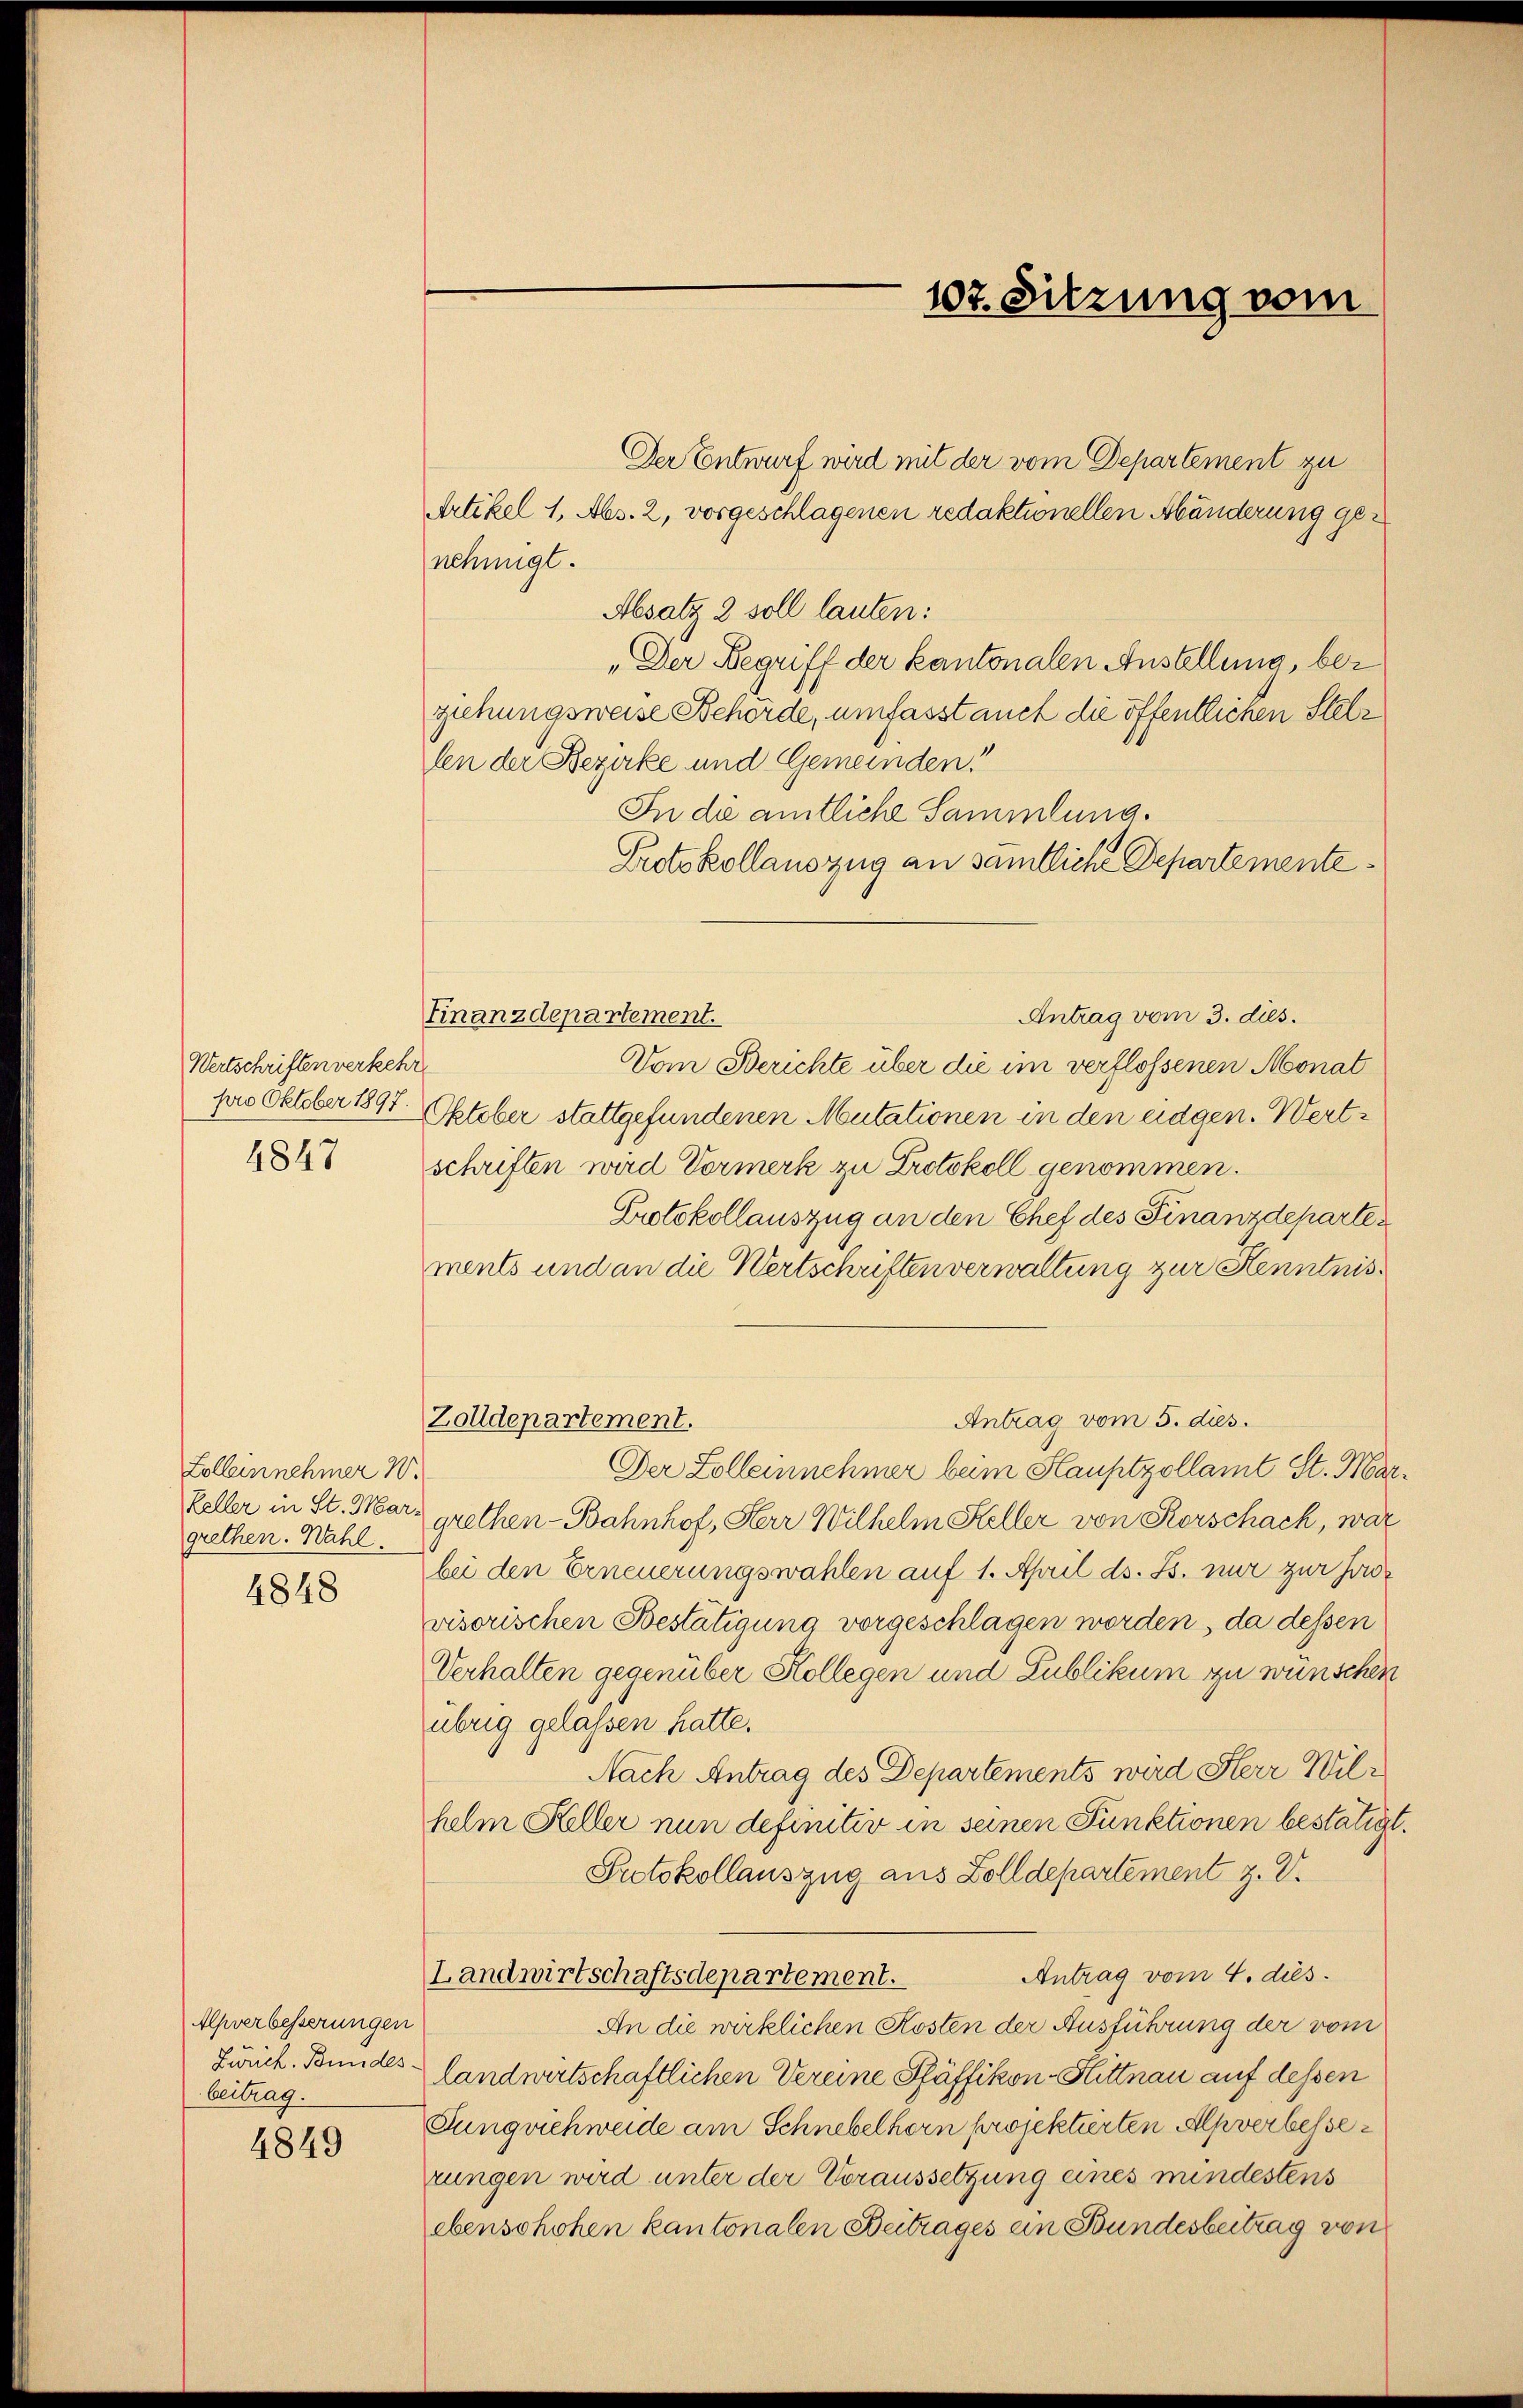
Wertschriften verkehr
pro Oktober 1897
4847

Zolleinnehmer W.
grethen. Wahl.

4848

Apverbesserungen
Zürich. Bundes-
beitrag.

4849

Der Entwurf wird mit der vom Departement zu
Artikel 1, Abs. 2, vorgeschlagenen redaktionellen Abänderung genehmigt.
Absatz 2 soll lauten:
„Der Begriff der kantonalen Anstellung, bezehungsweise Behörde, umfasst auch die öffentlichen Stellen der Bezirke und Gemeinden!
In die amtliche Sammlung.
Protokollauszug an sämtliche Departemente¬
Antrag vom 3. dies
Finanzdepartement.
Vom Berichte über die im verflossenen Monat
Oktober stattgefundenen Mutationen in den eidgen. Wert-
schriften wird Vormerk zu Protokoll genommen.
Protokollauszug an den Chef des Finanzdepartements und an die Wertschriften verwaltung zur Kenntnis¬
Antrag vom 5. dies.
Zolldepartement.
Der Solleinnehmer bei Hauptzollamt St. Mar¬
Feller in St. Marz grethen-Bahnhof, Herr Wilhelm Steller von Rorschach, war
bei den Erneuerungswahlen auf 1. April ds. B. nur zur Jovisorischen Bestätigung vorgeschlagen worden, da dessen
Verhalten gegenüber Kollegen und Zublikum zu wünschen
übrig gelassen hatte.
Nach Antrag des Departements wird Herr Wilhelm Keller nun definitiv in seinen Punktionen bestätigt.
Prtokollauszug aus Zolldepartement z. V.
Antrag vom 4. ds.
Landwirtschaftsdepartement.
An die wirklichen Kosten der Ausführung der vom
landwirtschaftlichen Vereine Pfäffikon-Hittnau auf dessen
Jungviehweide am Schnebelhorn projektierten Alpverbesserungen wird unter der Voraussetzung eines mindestens
ebensohohen kantonalen Beitrages ein Bundesbeitrag von

107. Sitzung vom